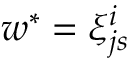
w ^ { \ast } = \xi _ { j s } ^ { i }